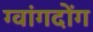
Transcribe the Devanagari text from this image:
ग्वांगदोंग